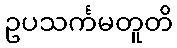
ဥပသင်္ကမတူတိ